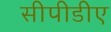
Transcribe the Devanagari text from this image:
सीपीडीए